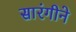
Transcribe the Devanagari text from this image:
सारंगीने